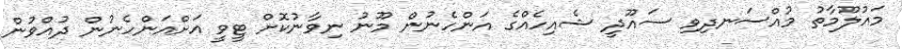
މައުލޫމާތު މުއްސަނދިވި ސައޫދީ ޝެއިހެއްގެ އަންހެނުން މޫނު ނިވާނުކޮށް ޓީވީ އަށްއަންހެނުން ދުއްވުން